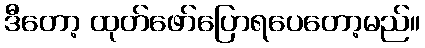
ဒီတော့ ထုတ်ဖော်ပြောရပေတော့မည်။